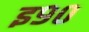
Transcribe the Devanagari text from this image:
इ९०